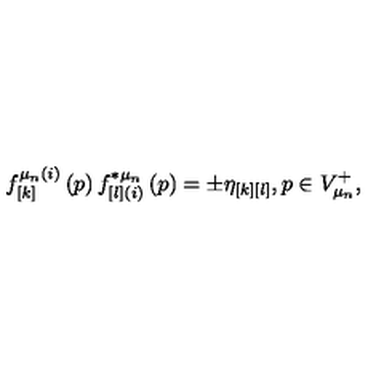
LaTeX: f _ { \left[ k \right] } ^ { \mu _ { n } ( i ) } \left( p \right) f _ { \left[ l \right] ( i ) } ^ { * \mu _ { n } } \left( p \right) = \pm \eta _ { \left[ k \right] \left[ l \right] } , p \in V _ { \mu _ { n } } ^ { + } ,